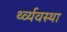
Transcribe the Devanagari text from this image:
र्थ्व्यवस्था